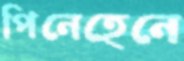
পিনেহেনে